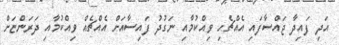
އަދި ފައިދާ ޖައްސާފައި އެއްޗެހި ވިއްކުމާއި ނަގުދު ފައިސާއަށް އެއްޗެއް ވިއްކުމާއި ދަރަންޏަށް